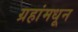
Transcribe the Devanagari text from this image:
ग्रहांमधून